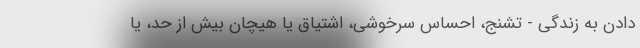
دادن به زندگی - تشنج، احساس سرخوشی، اشتیاق یا هیچان بیش از حد، یا